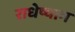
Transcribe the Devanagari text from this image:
राधेष्याम